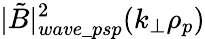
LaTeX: |\tilde{B}|_{wave\_ psp}^{2}(k_{\perp}\rho_{p})